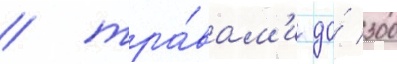
/ тра́вам'и до́ 300